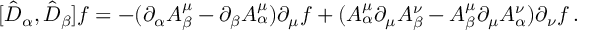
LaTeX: [ \hat { D } _ { \alpha } , \hat { D } _ { \beta } ] f = - ( \partial _ { \alpha } A _ { \beta } ^ { \mu } - \partial _ { \beta } A _ { \alpha } ^ { \mu } ) \partial _ { \mu } f + ( A _ { \alpha } ^ { \mu } \partial _ { \mu } A _ { \beta } ^ { \nu } - A _ { \beta } ^ { \mu } \partial _ { \mu } A _ { \alpha } ^ { \nu } ) \partial _ { \nu } f \, .